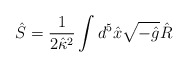
\begin{align*}\hat S=\frac{1}{2\hat \kappa{}^2}\int d^5\hat{x}\sqrt{-\hat{g}}\hat{R}\end{align*}